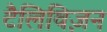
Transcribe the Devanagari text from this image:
टैलिविज़न